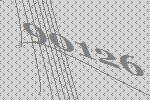
90126